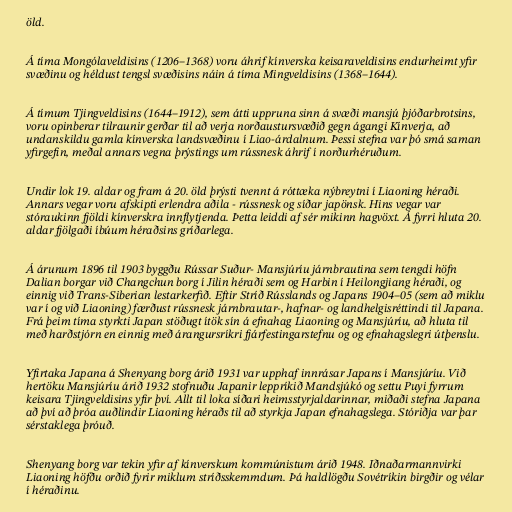
öld.

Á tíma Mongólaveldisins (1206–1368) voru áhrif kínverska keisaraveldisins endurheimt yfir
svæðinu og héldust tengsl svæðisins náin á tíma Mingveldisins (1368–1644).

Á tímum Tjingveldisins (1644–1912), sem átti uppruna sinn á svæði mansjú þjóðarbrotsins,
voru opinberar tilraunir gerðar til að verja norðaustursvæðið gegn ágangi Kínverja, að
undanskildu gamla kínverska landsvæðinu í Liao-árdalnum. Þessi stefna var þó smá saman
yfirgefin, meðal annars vegna þrýstings um rússnesk áhrif í norðurhéruðum.

Undir lok 19. aldar og fram á 20. öld þrýsti tvennt á róttæka nýbreytni í Liaoning héraði.
Annars vegar voru afskipti erlendra aðila - rússnesk og síðar japönsk. Hins vegar var
stóraukinn fjöldi kínverskra innflytjenda. Þetta leiddi af sér mikinn hagvöxt. Á fyrri hluta 20.
aldar fjölgaði íbúum héraðsins gríðarlega.

Á árunum 1896 til 1903 byggðu Rússar Suður- Mansjúríu járnbrautina sem tengdi höfn
Dalian borgar við Changchun borg í Jilin héraði sem og Harbin í Heilongjiang héraði, og
einnig við Trans-Siberian lestarkerfið. Eftir Stríð Rússlands og Japans 1904–05 (sem að miklu
var í og við Liaoning) færðust rússnesk járnbrautar-, hafnar- og landhelgisréttindi til Japana.
Frá þeim tíma styrkti Japan stöðugt ítök sín á efnahag Liaoning og Mansjúríu, að hluta til
með harðstjórn en einnig með árangursríkri fjárfestingarstefnu og og efnahagslegri útþenslu.

Yfirtaka Japana á Shenyang borg árið 1931 var upphaf innrásar Japans í Mansjúríu. Við
hertöku Mansjúríu árið 1932 stofnuðu Japanir leppríkið Mandsjúkó og settu Puyi fyrrum
keisara Tjingveldisins yfir því. Allt til loka síðari heimsstyrjaldarinnar, miðaði stefna Japana
að því að þróa auðlindir Liaoning héraðs til að styrkja Japan efnahagslega. Stóriðja var þar
sérstaklega þróuð.

Shenyang borg var tekin yfir af kínverskum kommúnistum árið 1948. Iðnaðarmannvirki
Liaoning höfðu orðið fyrir miklum stríðsskemmdum. Þá haldlögðu Sovétríkin birgðir og vélar
í héraðinu.